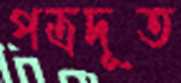
পত্রদূত